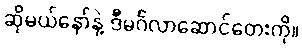
ဆိုမယ်နော်နဲ့ ဒီမင်္ဂလာဆောင်တေးကို။